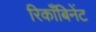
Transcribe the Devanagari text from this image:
रिकाँबिनेंट